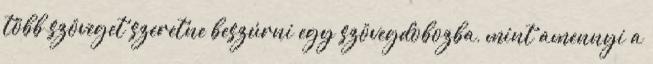
több szöveget szeretne beszúrni egy szövegdobozba, mint amennyi a